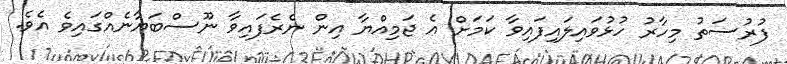
ފުރުސަތު މިިހާރު ހުޅުވައިލައިފައިވާ ކަމަށް އެ ޖަމިއްޔާ އިން ނެރެފައިވާ ނޫސްބަޔާނެއްގައިވެ އެވެ.